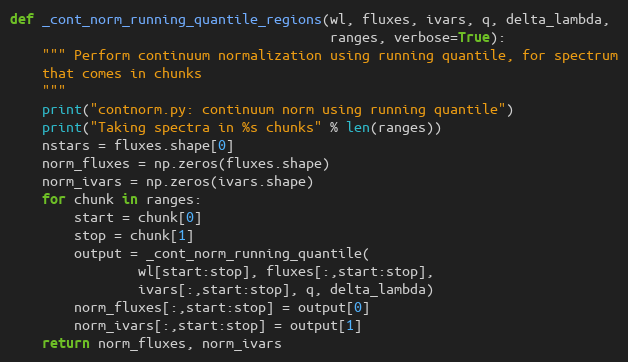
Language: Python
def _cont_norm_running_quantile_regions(wl, fluxes, ivars, q, delta_lambda,
                                        ranges, verbose=True):
    """ Perform continuum normalization using running quantile, for spectrum
    that comes in chunks
    """
    print("contnorm.py: continuum norm using running quantile")
    print("Taking spectra in %s chunks" % len(ranges))
    nstars = fluxes.shape[0]
    norm_fluxes = np.zeros(fluxes.shape)
    norm_ivars = np.zeros(ivars.shape)
    for chunk in ranges:
        start = chunk[0]
        stop = chunk[1]
        output = _cont_norm_running_quantile(
                wl[start:stop], fluxes[:,start:stop],
                ivars[:,start:stop], q, delta_lambda)
        norm_fluxes[:,start:stop] = output[0]
        norm_ivars[:,start:stop] = output[1]
    return norm_fluxes, norm_ivars